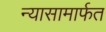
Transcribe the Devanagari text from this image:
न्यासामार्फत